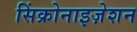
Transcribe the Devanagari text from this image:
सिंक्रोनाइज़ेशन